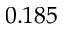
0 . 1 8 5